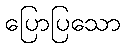
ပြောပြသော